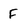
Character: F